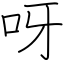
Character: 呀